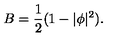
B = \frac { 1 } { 2 } ( 1 - | \phi | ^ { 2 } ) .